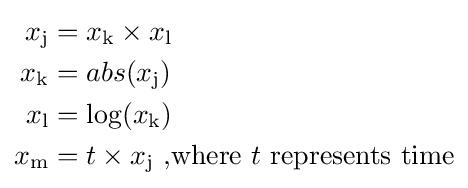
{\begin{aligned}x_{\mathrm {j} }&=x_{\mathrm {k} }\times x_{\mathrm {l} }\\x_{\mathrm {k} }&=abs(x_{\mathrm {j} })\\x_{\mathrm {l} }&=\log(x_{\mathrm {k} })\\x_{\mathrm {m} }&=t\times x_{\mathrm {j} }{\text{ ,where }}t{\text{ represents time}}\\\end{aligned}}